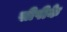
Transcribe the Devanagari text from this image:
सीपीके